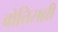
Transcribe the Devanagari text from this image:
बोत्तिसल्ली